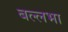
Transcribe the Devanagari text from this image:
बल्लभा